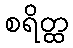
စရိတ္ထ